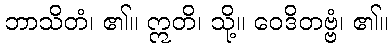
ဘာသိတံ၊ ၏။ ဣတိ၊ သို့။ ဝေဒိတဗ္ဗံ၊ ၏။